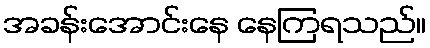
အခန်းအောင်းနေ နေကြရသည်။